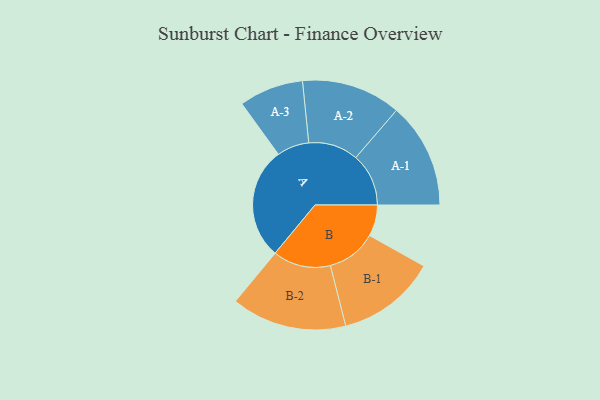
{"axis": {"x": "Segment", "y": "Value"}, "legend": ["", "A", "B"], "data": [{"x": "A", "y": 479, "type": ""}, {"x": "B", "y": 134, "type": ""}, {"x": "A-1", "y": 226, "type": "A"}, {"x": "A-2", "y": 213, "type": "A"}, {"x": "A-3", "y": 138, "type": "A"}, {"x": "B-1", "y": 213, "type": "B"}, {"x": "B-2", "y": 247, "type": "B"}]}